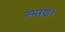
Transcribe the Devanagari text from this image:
स्मरण।